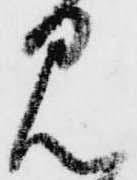
見